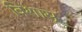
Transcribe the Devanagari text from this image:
विशासू